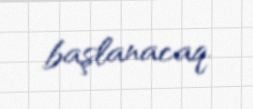
başlanacaq.